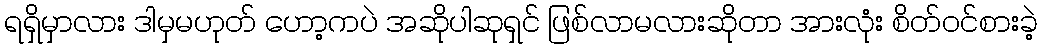
ရရှိမှာလား ဒါမှမဟုတ် ဟော့ကပဲ အဆိုပါဆုရှင် ဖြစ်လာမလားဆိုတာ အားလုံး စိတ်ဝင်စားခဲ့